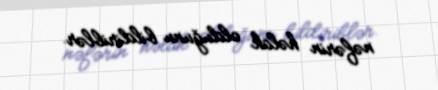
nəfərin həlak olduğunu bildiriblər.